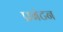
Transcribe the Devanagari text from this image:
प्रबंटन